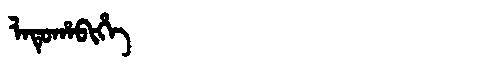
Manchu: ᠯᠠᡨᡠᡥᠠᠪᡳᡥᡝ
Romanization: LATUHABIHE